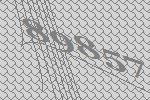
89857